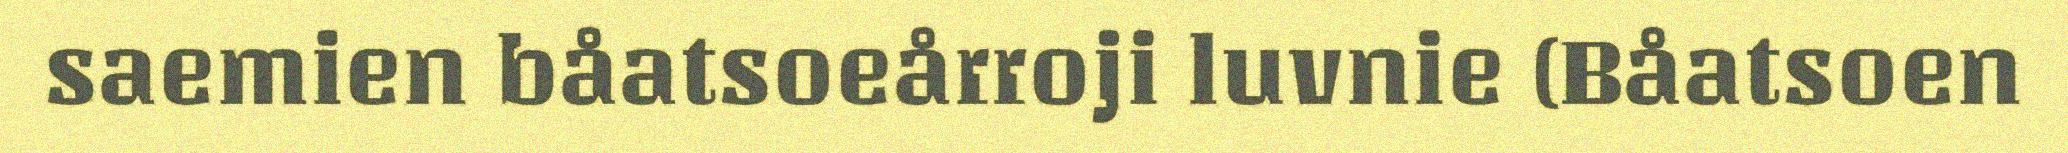
saemien båatsoeårroji luvnie (Båatsoen